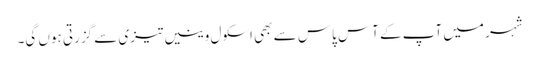
شہر میں آپ کے آس پاس سے بھی اسکول وینیں تیزی سے گزرتی ہوں گی۔